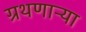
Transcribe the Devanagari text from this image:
ग्रथणाऱ्या